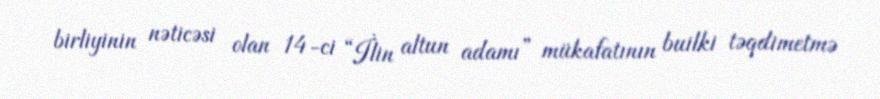
birliyinin nəticəsi olan 14-ci “İlin altun adamı” mükafatının builki təqdimetmə